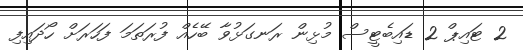
2 ޓައިޕް 2 ޑައިބެޓީސް މުޅިން ރަނގަޅުވާ ބޭހެއް ފުރަތަމަ ފަހަރަށް ހޯދައިފި